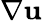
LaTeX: \nabla{\mathbf u}